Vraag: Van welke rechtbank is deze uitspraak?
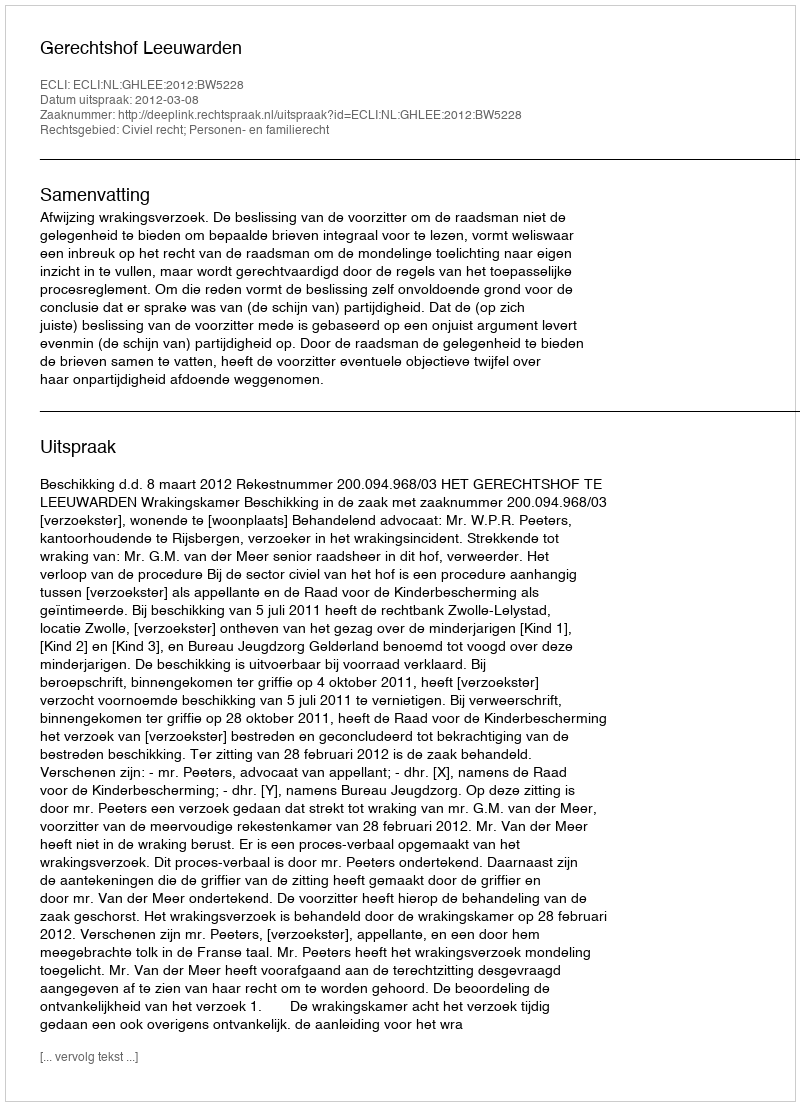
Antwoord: Gerechtshof Leeuwarden